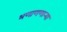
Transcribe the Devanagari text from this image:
भणाणणार्‍या